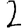
Digit: 2